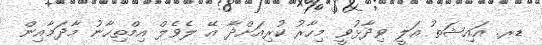
ޑރ. އައިޝަތު އަލީ ވިދާޅުވީ މިހާރު ކުރިއަށްދާ އޭ ލެވެލް އިމްތިހާނު މާދަމާއިން